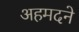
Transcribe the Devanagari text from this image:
अहमदने